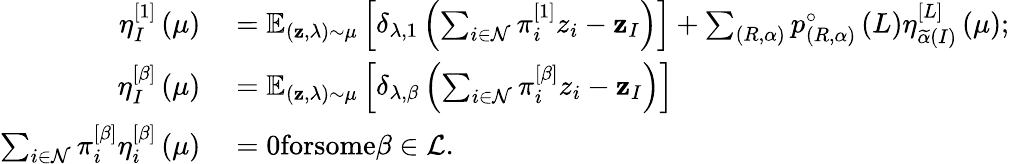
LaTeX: \begin{array}{rl}{\eta_{I}^{\left[1\right]}\left(\mu\right)}&{{}=\mathbb{E}_{\left(\mathbf{z},\lambda\right)\sim\mu}\left[\delta_{\lambda,1}\left(\sum_{i\in\mathcal{N}}\pi_{i}^{\left[1\right]}z_{i}-\mathbf{z}_{I}\right)\right]+\sum_{\left(R,\alpha\right)}p_{\left(R,\alpha\right)}^{\circ}\left(L\right)\eta_{\widetilde{\alpha}\left(I\right)}^{\left[L\right]}\left(\mu\right);}\\ {\eta_{I}^{\left[\beta\right]}\left(\mu\right)}&{{}=\mathbb{E}_{\left(\mathbf{z},\lambda\right)\sim\mu}\left[\delta_{\lambda,\beta}\left(\sum_{i\in\mathcal{N}}\pi_{i}^{\left[\beta\right]}z_{i}-\mathbf{z}_{I}\right)\right]}\\ {\sum_{i\in\mathcal{N}}\pi_{i}^{\left[\beta\right]}\eta_{i}^{\left[\beta\right]}\left(\mu\right)}&{{}=0\textrm{forsome}\beta\in\mathcal{L}.}\end{array}